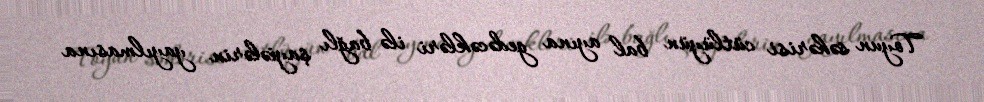
Toyun səhərisi cütlüyün bal ayına gedəcəkləri ilə bağlı şayiələrin yayılmasına